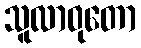
သူလာဝုတော